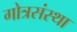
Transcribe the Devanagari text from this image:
गोत्रसंस्था